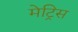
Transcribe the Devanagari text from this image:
मेट्रिस